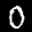
Label: 0